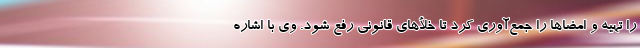
را تهیه و امضاها را جمع‌آوری کرد تا خلأهای قانونی رفع شود. وی با اشاره